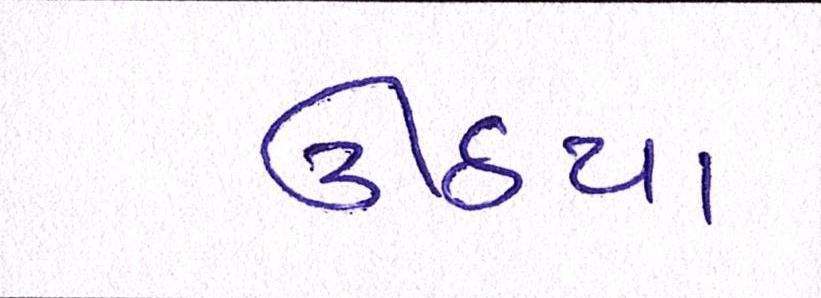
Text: ઊઠયા